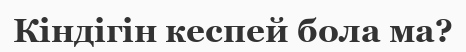
Кіндігін кеспей бола ма?